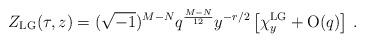
LaTeX: \begin{align*}Z_{\rm LG}(\tau,z)=(\sqrt{-1})^{M-N}q^{\frac{M-N}{12}}y^{-r/2}\left[\chi_y^{\rm LG}+{\rm O}(q)\right]\,.\end{align*}